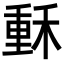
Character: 𥠭